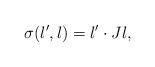
LaTeX: \begin{align*}\sigma(\l',\l) = \l' \cdot J \l,\end{align*}